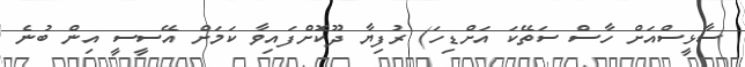
ސާޅީސްއަށް ހާސް ސަތޭކަ އަށްޑިހަ) ރުފިޔާ ދޫކޮށްފައިވާ ކަމަށް އޭސީސީ އިން ބުނެ